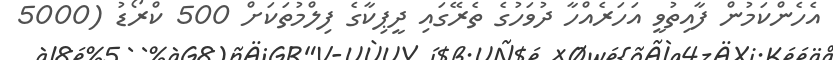
އެހެންކަމުން ފާއިތުވީ އަހަރެއްހާ ދުވަހުގެ ތެރޭގައި ދީޕިކާގެ ފިލްމުތަކަށް 500 ކްރޯޑު (5000